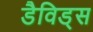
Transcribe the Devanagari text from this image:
डैविड्स